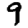
Digit: 9